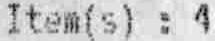
ITEM(S) : 4